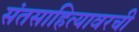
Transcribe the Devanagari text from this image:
संतसाहित्यावरची